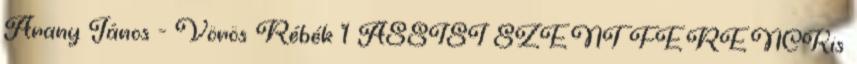
Arany János - Vörös Rébék 1 ASSISI SZENT FERENCKis